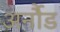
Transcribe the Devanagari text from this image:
अर्नौड